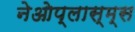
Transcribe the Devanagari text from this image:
नेओप्लास्म्स